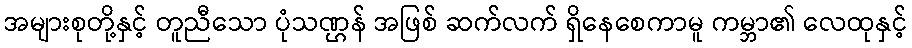
အများစုတို့နှင့် တူညီသော ပုံသဏ္ဌန် အဖြစ် ဆက်လက် ရှိနေစေကာမူ ကမ္ဘာ၏ လေထုနှင့်